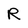
Character: R